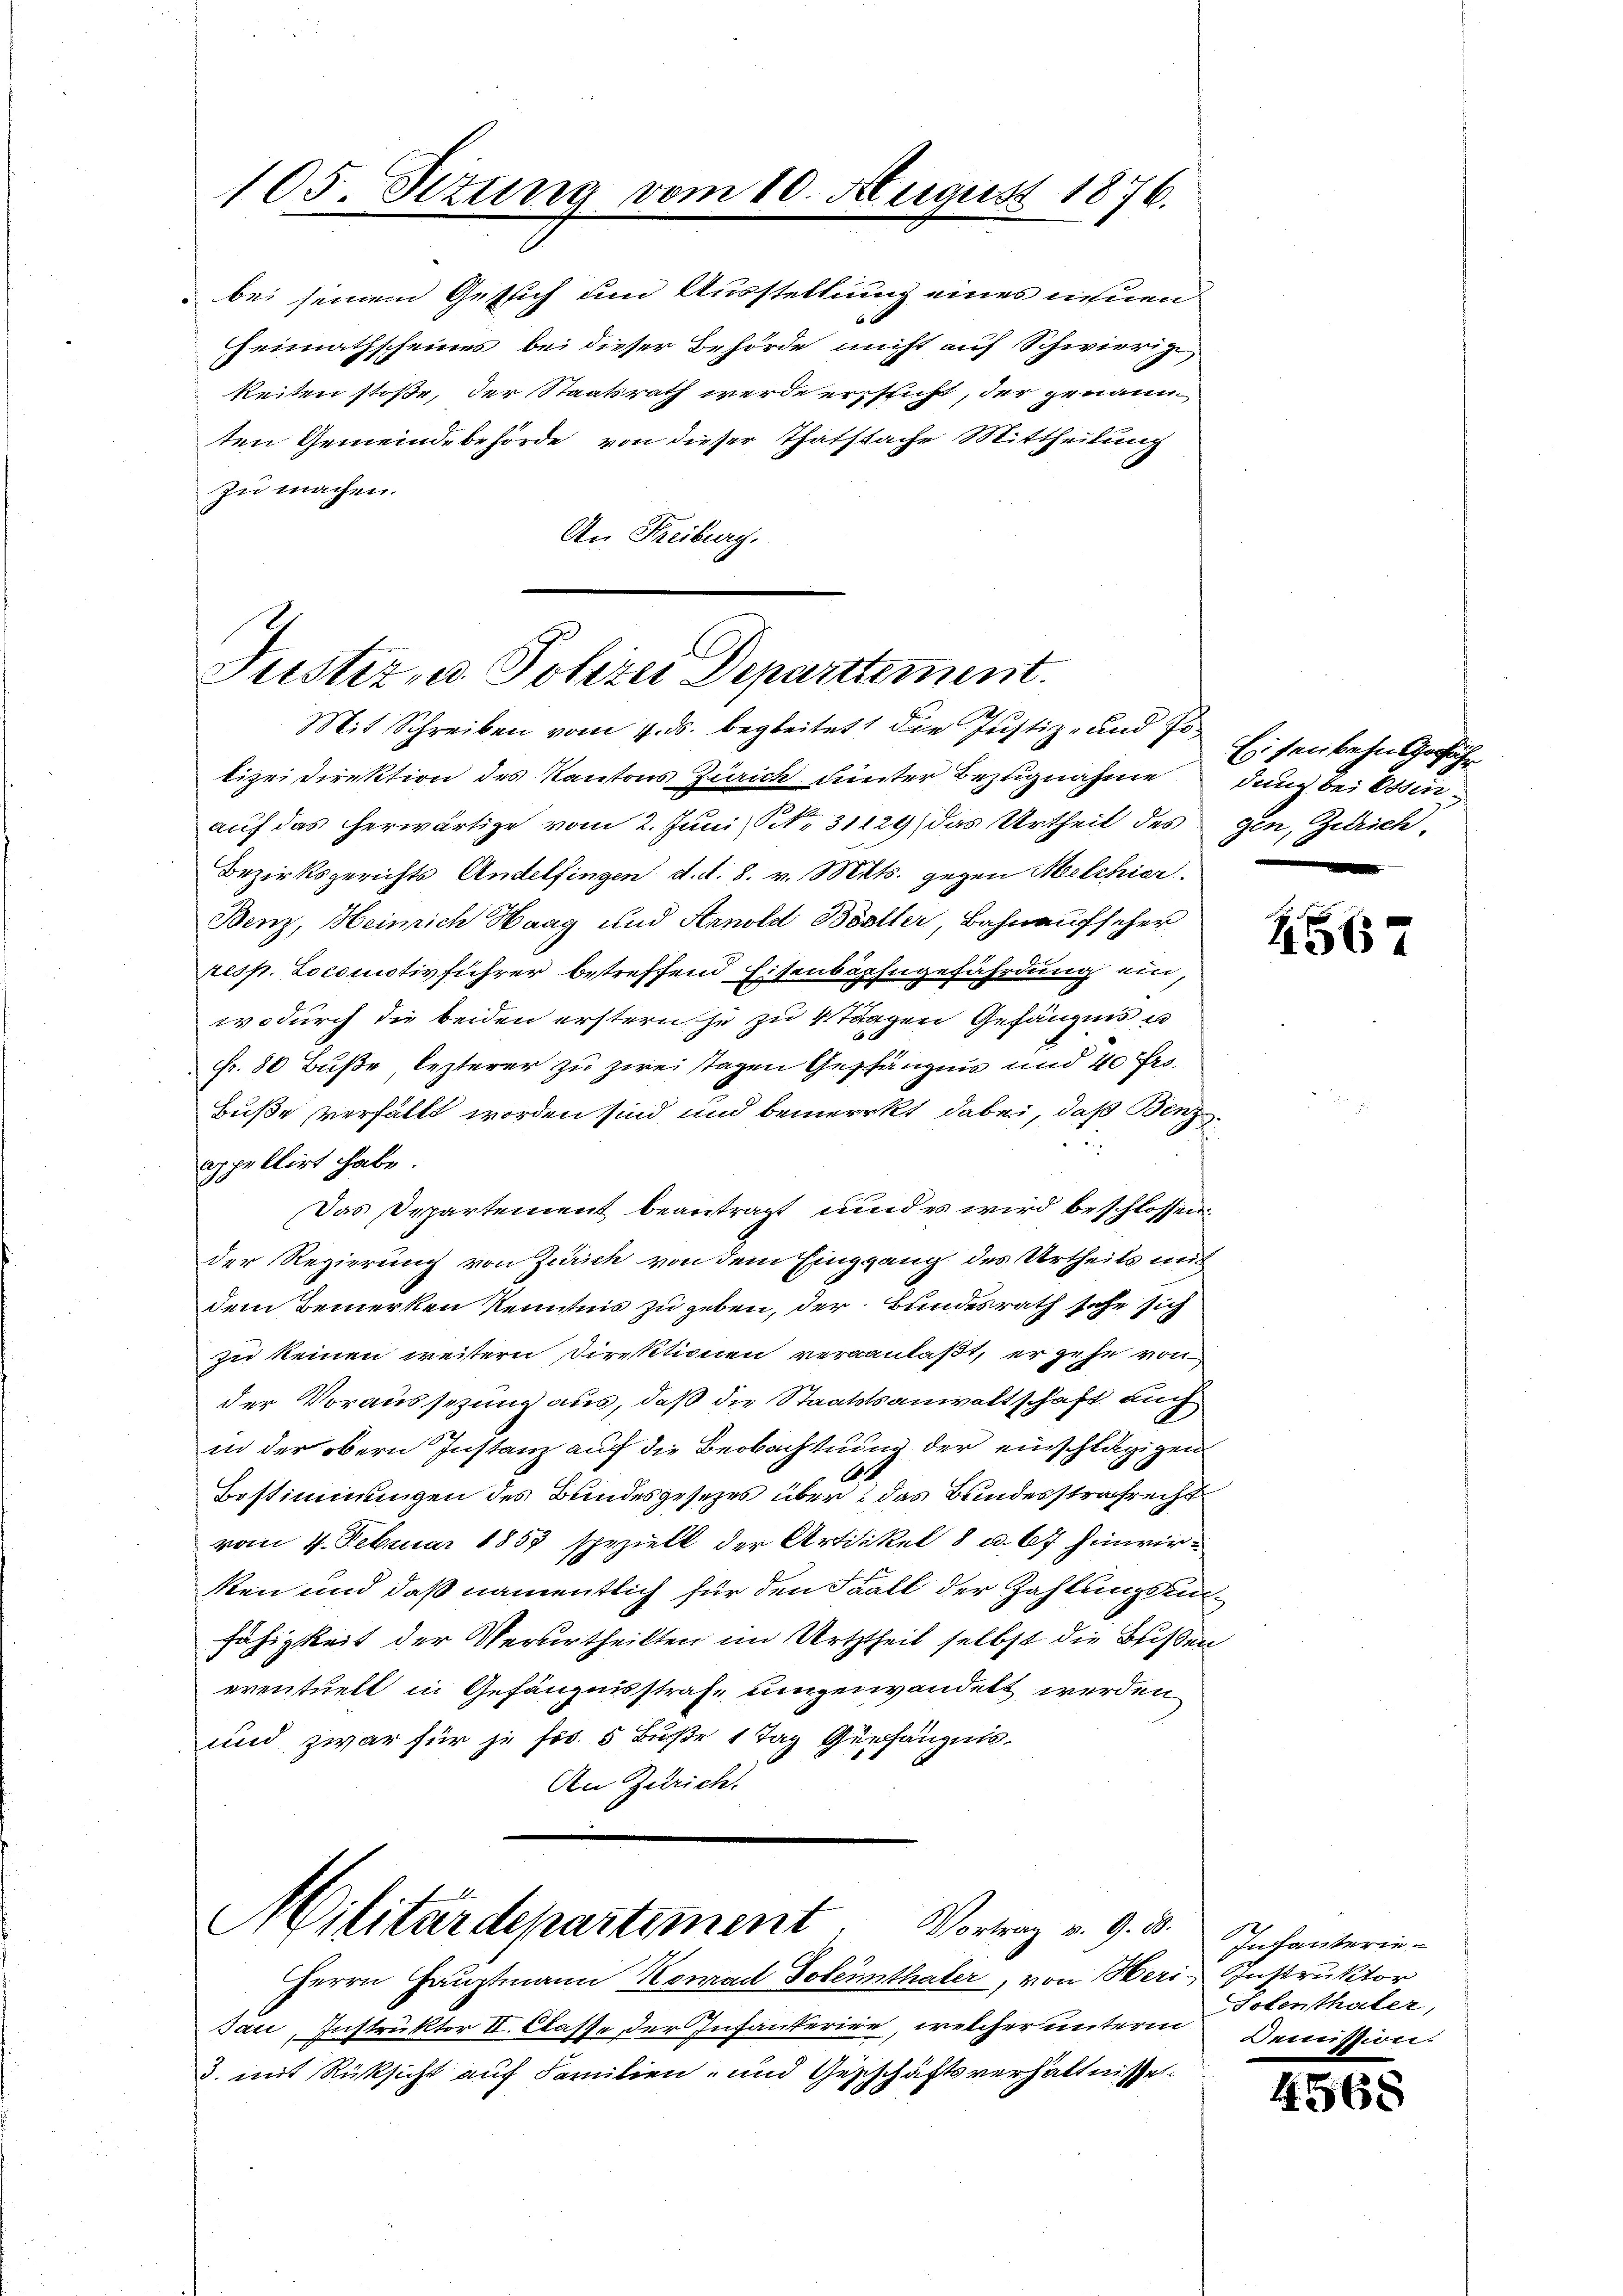
105. Situng vom 10. August 1876.

bei seinem Gesuch um Ausstellung eines einen
Heimathscheines bei dieser Behörde nicht auf Schwierig
keiten stoße, der Staatsrath werde erstricht, der genann
ten Gemeindebehörde von dieser Thatsache Mittheilung
zu machen.
An Freiburg.

Justiz- u. Polizei Departement.
Mit Schreiben vom 4. ds. begleitet, die Justiz- und Po¬

lizeidirektion des Kantons Zürich dunter Bezugnahme dung bei Otten
auf das herwärtige vom 2. Juni NNo. 31129, das Urtheil des gen, Zürich
Bezirksgerichts Andelfingen d. d. 8. v. Mts. gegen Melchier
Benz, Heinrich Haag und Arnold Böstler, Bahnaufsicher
resp. Locomotivführer betreffend Eisenbahngefährdung ein,
wodurch die beiden erstern je zu 4 Tragen Gefängnis u
Fr. 80 Buße, lezterer zu zwei stagen Gepfängnis und 40 frs.
Buße verfällt worden sind, und bemerckt dabei, daß Benz¬
2
appellirt habe.
Das Departement beantragt, und es wird beschlossen,
der Regierung von Zürich von dem Eiggang des Urtheils mit
dem Bemerken Kenntnis zu geben, der Bundesrath sehe sich
zu keinen weitern Direktionen veranlaßt, er gehe von
der Voraussezung aus, daß die Staatstsanwaltschaft auch
in der obern Instanz auf die Beobachtung der einschlägigen
Bestimmungen des Bundesgesetzes über das Bundesstrafrecht
vom 4. Februar 1853 speziell der Artikel 8 u. 67 hinwir
ken und daß namentlich für den Fall der Zahlungsanfähigkeit der Verurtheilten im Urtheil selbst die Beißen
eventuell in Gefängnisstrafe umzuwandelt werden
und zwar für je fis 5 Buße 1 Tag Gerhängnis
An Zürich.
Militärdepartement Vortrag v. 9. d.
Herrn Hauptmann Konrad Dolenthaler, von Heri Instruktor
Jaci, Instruktor II. Classe der Infanterien, welcher unterm
3. mit Rücksicht auf Familien- und Geschäftsverhältnisse

Eisenbahn gefähr
e

2567

Infanterie-
Tolenthaler,
Aenessiver-

4568